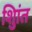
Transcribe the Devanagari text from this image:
शुिांत